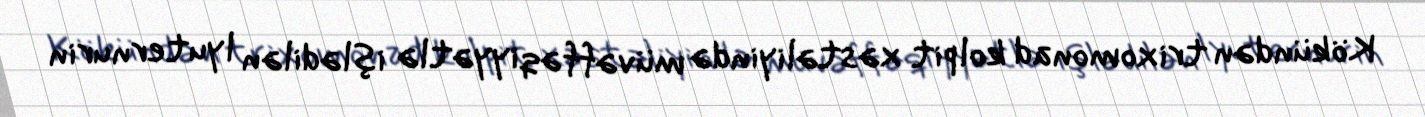
Kökündən trixomonad kolpit xəstəliyində müvəffəqiyyətlə işlədilən lyuternurin